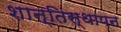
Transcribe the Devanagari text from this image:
शान्तिस्थापन